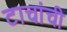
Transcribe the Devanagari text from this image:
टाचांची